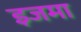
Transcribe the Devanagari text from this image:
इजमा